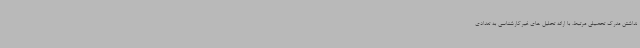
نداشتن مدرک تحصیلی مرتبط، با ارائه تحلیل های غیرکارشناسی به تعدادی